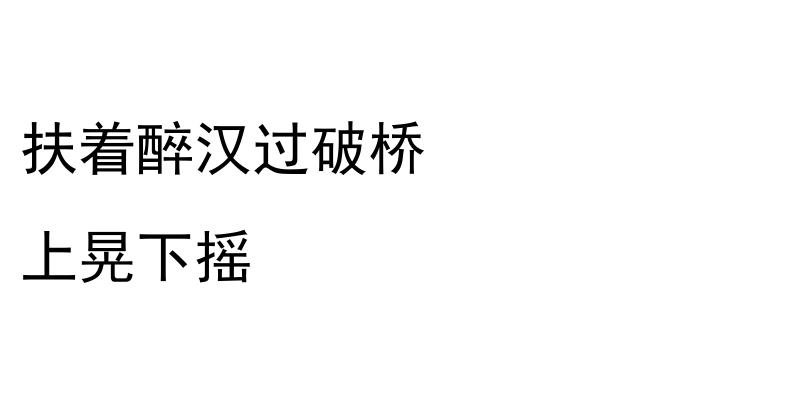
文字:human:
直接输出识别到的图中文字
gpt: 扶着醉汉过破桥 上晃下摇